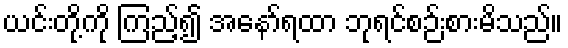
ယင်းတို့ကို ကြည့်၍ အနော်ရထာ ဘုရင်စဉ်းစားမိသည်။